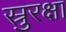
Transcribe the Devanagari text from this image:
स्रुरक्षा